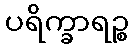
ပရိက္ခာရဉ္စ